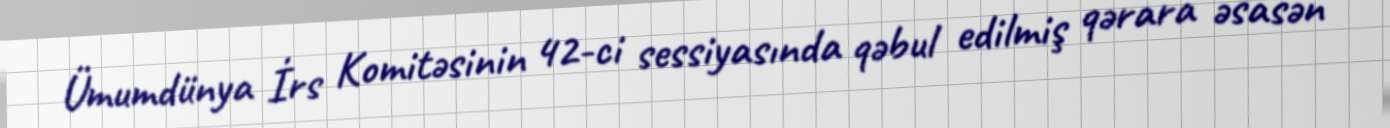
Ümumdünya İrs Komitəsinin 42-ci sessiyasında qəbul edilmiş qərara əsasən